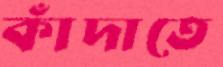
কাঁদাতে